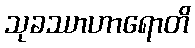
သုခဿာဟာရောတိ